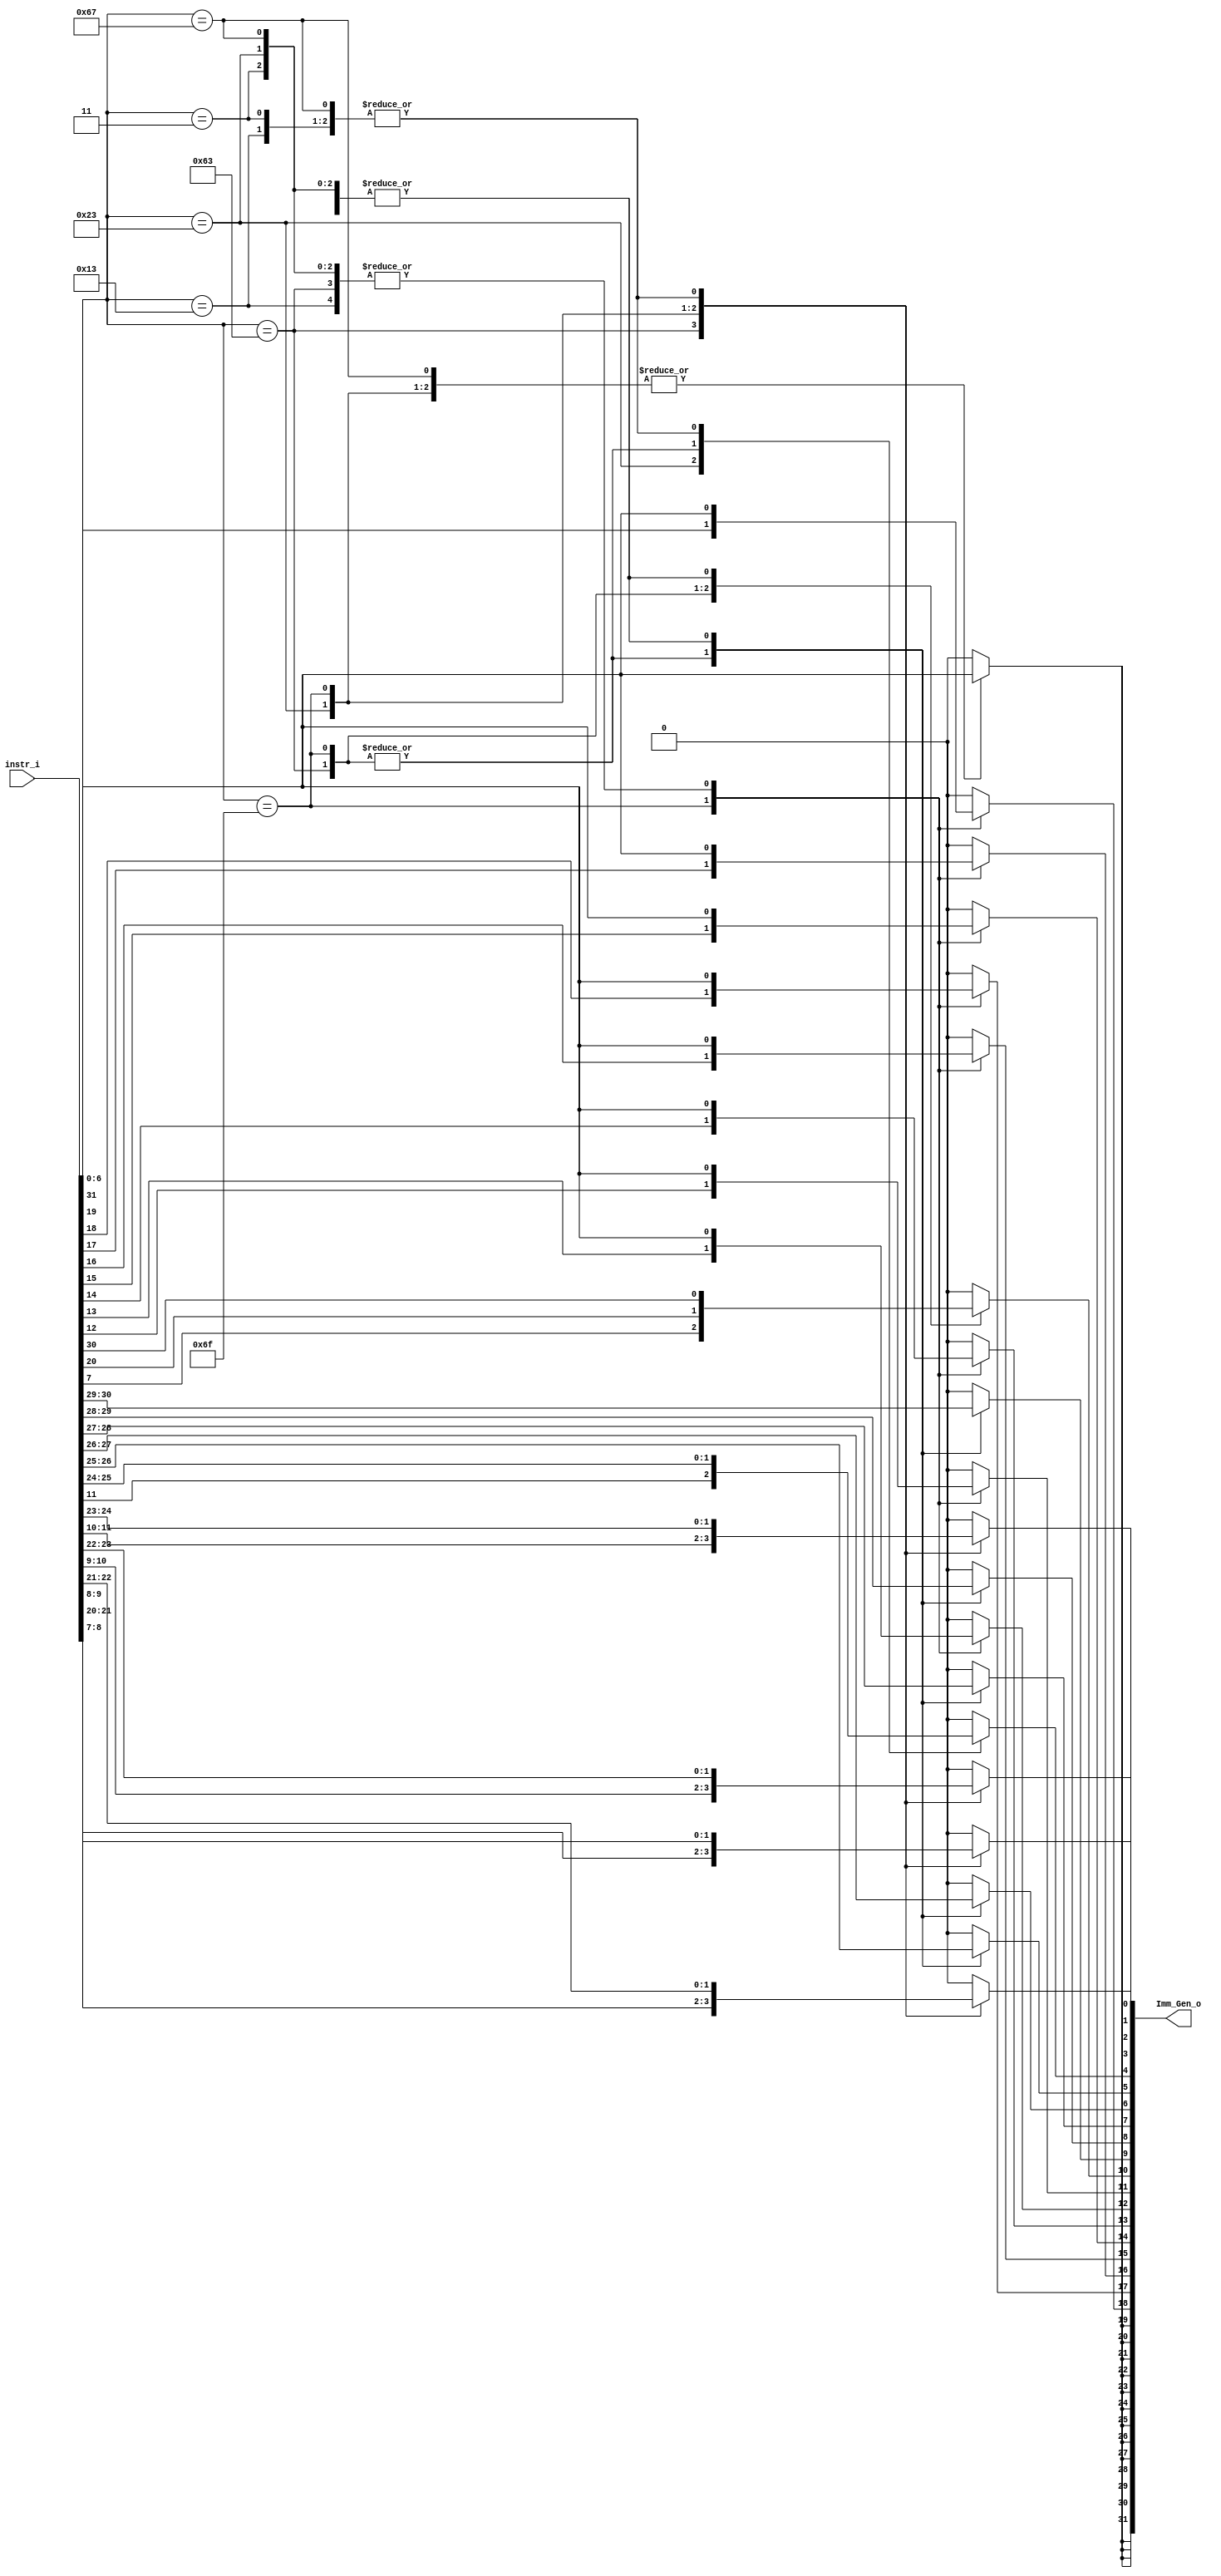
/***************************************************
Student Name: , 
Student ID: 0716229, 0716236
***************************************************/

`timescale 1ns/1ps

module Imm_Gen(
	input  [31:0] instr_i,
	output reg[31:0] Imm_Gen_o
	);

/* Write your code HERE */
always@(*)begin
	case(instr_i[6:0])
		//I-type
		7'b0010011: begin
			Imm_Gen_o[0] = instr_i[20];
			Imm_Gen_o[1] = instr_i[21];
			Imm_Gen_o[2] = instr_i[22];
			Imm_Gen_o[3] = instr_i[23];
			Imm_Gen_o[4] = instr_i[24];
			Imm_Gen_o[5] = instr_i[25];
			Imm_Gen_o[6] = instr_i[26];
			Imm_Gen_o[7] = instr_i[27];
			Imm_Gen_o[8] = instr_i[28];
			Imm_Gen_o[9] = instr_i[29];
			Imm_Gen_o[10] = instr_i[30];
			Imm_Gen_o[11] = instr_i[31];
			//sign extension
			Imm_Gen_o[12] = instr_i[31];
			Imm_Gen_o[13] = instr_i[31];
			Imm_Gen_o[14] = instr_i[31];
			Imm_Gen_o[15] = instr_i[31];
			Imm_Gen_o[16] = instr_i[31];
			Imm_Gen_o[17] = instr_i[31];
			Imm_Gen_o[18] = instr_i[31];
			Imm_Gen_o[19] = instr_i[31];
			Imm_Gen_o[20] = instr_i[31];
			Imm_Gen_o[21] = instr_i[31];
			Imm_Gen_o[22] = instr_i[31];
			Imm_Gen_o[23] = instr_i[31];
			Imm_Gen_o[24] = instr_i[31];
			Imm_Gen_o[25] = instr_i[31];
			Imm_Gen_o[26] = instr_i[31];
			Imm_Gen_o[27] = instr_i[31];
			Imm_Gen_o[28] = instr_i[31];
			Imm_Gen_o[29] = instr_i[31];
			Imm_Gen_o[30] = instr_i[31];
			Imm_Gen_o[31] = instr_i[31];
			end
		//B-type
		7'b1100011: begin
			Imm_Gen_o[0] = instr_i[8];
			Imm_Gen_o[1] = instr_i[9];
			Imm_Gen_o[2] = instr_i[10];
			Imm_Gen_o[3] = instr_i[11];
			Imm_Gen_o[4] = instr_i[25];
			Imm_Gen_o[5] = instr_i[26];
			Imm_Gen_o[6] = instr_i[27];
			Imm_Gen_o[7] = instr_i[28];
			Imm_Gen_o[8] = instr_i[29];
			Imm_Gen_o[9] = instr_i[30];
			Imm_Gen_o[10] = instr_i[7];
			Imm_Gen_o[11] = instr_i[31];
			//sign extension
			Imm_Gen_o[12] = instr_i[31];
			Imm_Gen_o[13] = instr_i[31];
			Imm_Gen_o[14] = instr_i[31];
			Imm_Gen_o[15] = instr_i[31];
			Imm_Gen_o[16] = instr_i[31];
			Imm_Gen_o[17] = instr_i[31];
			Imm_Gen_o[18] = instr_i[31];
			Imm_Gen_o[19] = instr_i[31];
			Imm_Gen_o[20] = instr_i[31];
			Imm_Gen_o[21] = instr_i[31];
			Imm_Gen_o[22] = instr_i[31];
			Imm_Gen_o[23] = instr_i[31];
			Imm_Gen_o[24] = instr_i[31];
			Imm_Gen_o[25] = instr_i[31];
			Imm_Gen_o[26] = instr_i[31];
			Imm_Gen_o[27] = instr_i[31];
			Imm_Gen_o[28] = instr_i[31];
			Imm_Gen_o[29] = instr_i[31];
			Imm_Gen_o[30] = instr_i[31];
			Imm_Gen_o[31] = instr_i[31];
			end
		//lw
		7'b0000011: begin
			Imm_Gen_o[0] = instr_i[20];
			Imm_Gen_o[1] = instr_i[21];
			Imm_Gen_o[2] = instr_i[22];
			Imm_Gen_o[3] = instr_i[23];
			Imm_Gen_o[4] = instr_i[24];
			Imm_Gen_o[5] = instr_i[25];
			Imm_Gen_o[6] = instr_i[26];
			Imm_Gen_o[7] = instr_i[27];
			Imm_Gen_o[8] = instr_i[28];
			Imm_Gen_o[9] = instr_i[29];
			Imm_Gen_o[10] = instr_i[30];
			Imm_Gen_o[11] = instr_i[31];
			//sign extension
			Imm_Gen_o[12] = instr_i[31];
			Imm_Gen_o[13] = instr_i[31];
			Imm_Gen_o[14] = instr_i[31];
			Imm_Gen_o[15] = instr_i[31];
			Imm_Gen_o[16] = instr_i[31];
			Imm_Gen_o[17] = instr_i[31];
			Imm_Gen_o[18] = instr_i[31];
			Imm_Gen_o[19] = instr_i[31];
			Imm_Gen_o[20] = instr_i[31];
			Imm_Gen_o[21] = instr_i[31];
			Imm_Gen_o[22] = instr_i[31];
			Imm_Gen_o[23] = instr_i[31];
			Imm_Gen_o[24] = instr_i[31];
			Imm_Gen_o[25] = instr_i[31];
			Imm_Gen_o[26] = instr_i[31];
			Imm_Gen_o[27] = instr_i[31];
			Imm_Gen_o[28] = instr_i[31];
			Imm_Gen_o[29] = instr_i[31];
			Imm_Gen_o[30] = instr_i[31];
			Imm_Gen_o[31] = instr_i[31];
			end
		//S-type
		7'b0100011: begin
			Imm_Gen_o[0] = instr_i[7];
			Imm_Gen_o[1] = instr_i[8];
			Imm_Gen_o[2] = instr_i[9];
			Imm_Gen_o[3] = instr_i[10];
			Imm_Gen_o[4] = instr_i[11];
			Imm_Gen_o[5] = instr_i[25];
			Imm_Gen_o[6] = instr_i[26];
			Imm_Gen_o[7] = instr_i[27];
			Imm_Gen_o[8] = instr_i[28];
			Imm_Gen_o[9] = instr_i[29];
			Imm_Gen_o[10] = instr_i[30];
			Imm_Gen_o[11] = instr_i[31];
			//sign extension
			Imm_Gen_o[12] = instr_i[31];
			Imm_Gen_o[13] = instr_i[31];
			Imm_Gen_o[14] = instr_i[31];
			Imm_Gen_o[15] = instr_i[31];
			Imm_Gen_o[16] = instr_i[31];
			Imm_Gen_o[17] = instr_i[31];
			Imm_Gen_o[18] = instr_i[31];
			Imm_Gen_o[19] = instr_i[31];
			Imm_Gen_o[20] = instr_i[31];
			Imm_Gen_o[21] = instr_i[31];
			Imm_Gen_o[22] = instr_i[31];
			Imm_Gen_o[23] = instr_i[31];
			Imm_Gen_o[24] = instr_i[31];
			Imm_Gen_o[25] = instr_i[31];
			Imm_Gen_o[26] = instr_i[31];
			Imm_Gen_o[27] = instr_i[31];
			Imm_Gen_o[28] = instr_i[31];
			Imm_Gen_o[29] = instr_i[31];
			Imm_Gen_o[30] = instr_i[31];
			Imm_Gen_o[31] = instr_i[31];
			end
		//JU-type
		7'b1101111: begin
			Imm_Gen_o[0] = instr_i[21];
			Imm_Gen_o[1] = instr_i[22];
			Imm_Gen_o[2] = instr_i[23];
			Imm_Gen_o[3] = instr_i[24];
			Imm_Gen_o[4] = instr_i[25];
			Imm_Gen_o[5] = instr_i[26];
			Imm_Gen_o[6] = instr_i[27];
			Imm_Gen_o[7] = instr_i[28];
			Imm_Gen_o[8] = instr_i[29];
			Imm_Gen_o[9] = instr_i[30];
			Imm_Gen_o[10] = instr_i[20];
			Imm_Gen_o[11] = instr_i[12];
			Imm_Gen_o[12] = instr_i[13];
			Imm_Gen_o[13] = instr_i[14];
			Imm_Gen_o[14] = instr_i[15];
			Imm_Gen_o[15] = instr_i[16];
			Imm_Gen_o[16] = instr_i[17];
			Imm_Gen_o[17] = instr_i[18];
			Imm_Gen_o[18] = instr_i[19];
			Imm_Gen_o[19] = instr_i[31];
			//sign extension
			Imm_Gen_o[20] = instr_i[31];
			Imm_Gen_o[21] = instr_i[31];
			Imm_Gen_o[22] = instr_i[31];
			Imm_Gen_o[23] = instr_i[31];
			Imm_Gen_o[24] = instr_i[31];
			Imm_Gen_o[25] = instr_i[31];
			Imm_Gen_o[26] = instr_i[31];
			Imm_Gen_o[27] = instr_i[31];
			Imm_Gen_o[28] = instr_i[31];
			Imm_Gen_o[29] = instr_i[31];
			Imm_Gen_o[30] = instr_i[31];
			Imm_Gen_o[31] = instr_i[31];
			end
		//jalr
		7'b1100111: begin
			Imm_Gen_o[0] = instr_i[20];
			Imm_Gen_o[1] = instr_i[21];
			Imm_Gen_o[2] = instr_i[22];
			Imm_Gen_o[3] = instr_i[23];
			Imm_Gen_o[4] = instr_i[24];
			Imm_Gen_o[5] = instr_i[25];
			Imm_Gen_o[6] = instr_i[26];
			Imm_Gen_o[7] = instr_i[27];
			Imm_Gen_o[8] = instr_i[28];
			Imm_Gen_o[9] = instr_i[29];
			Imm_Gen_o[10] = instr_i[30];
			Imm_Gen_o[11] = instr_i[31];
			//sign extension
			Imm_Gen_o[12] = instr_i[31];
			Imm_Gen_o[13] = instr_i[31];
			Imm_Gen_o[14] = instr_i[31];
			Imm_Gen_o[15] = instr_i[31];
			Imm_Gen_o[16] = instr_i[31];
			Imm_Gen_o[17] = instr_i[31];
			Imm_Gen_o[18] = instr_i[31];
			Imm_Gen_o[19] = instr_i[31];
			Imm_Gen_o[20] = instr_i[31];
			Imm_Gen_o[21] = instr_i[31];
			Imm_Gen_o[22] = instr_i[31];
			Imm_Gen_o[23] = instr_i[31];
			Imm_Gen_o[24] = instr_i[31];
			Imm_Gen_o[25] = instr_i[31];
			Imm_Gen_o[26] = instr_i[31];
			Imm_Gen_o[27] = instr_i[31];
			Imm_Gen_o[28] = instr_i[31];
			Imm_Gen_o[29] = instr_i[31];
			Imm_Gen_o[30] = instr_i[31];
			Imm_Gen_o[31] = instr_i[31];
			end
		//R-type
		default: begin
			Imm_Gen_o[0] = 0;
			Imm_Gen_o[1] = 0;
			Imm_Gen_o[2] = 0;
			Imm_Gen_o[3] = 0;
			Imm_Gen_o[4] = 0;
			Imm_Gen_o[5] = 0;
			Imm_Gen_o[6] = 0;
			Imm_Gen_o[7] = 0;
			Imm_Gen_o[8] = 0;
			Imm_Gen_o[9] = 0;
			Imm_Gen_o[10] = 0;
			Imm_Gen_o[11] = 0;
			Imm_Gen_o[12] = 0;
			Imm_Gen_o[13] = 0;
			Imm_Gen_o[14] = 0;
			Imm_Gen_o[15] = 0;
			Imm_Gen_o[16] = 0;
			Imm_Gen_o[17] = 0;
			Imm_Gen_o[18] = 0;
			Imm_Gen_o[19] = 0;
			Imm_Gen_o[20] = 0;
			Imm_Gen_o[21] = 0;
			Imm_Gen_o[22] = 0;
			Imm_Gen_o[23] = 0;
			Imm_Gen_o[24] = 0;
			Imm_Gen_o[25] = 0;
			Imm_Gen_o[26] = 0;
			Imm_Gen_o[27] = 0;
			Imm_Gen_o[28] = 0;
			Imm_Gen_o[29] = 0;
			Imm_Gen_o[30] = 0;
			Imm_Gen_o[31] = 0;
			end
	endcase
end

endmodule